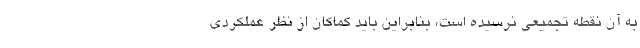
به آن نقطه تجمیعی نرسیده است، بنابراین باید کماکان از نظر عملکردی